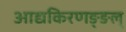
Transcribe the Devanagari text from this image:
आद्यकिरणङ्ङल्